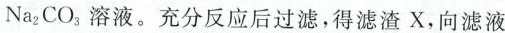
Na_{2}CO_{3}溶液。充分反应后过滤，得滤渣X，向滤液